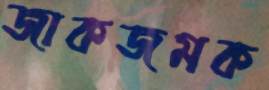
জাকজমক